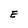
Character: E